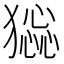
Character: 𤡧